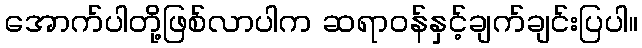
အောက်ပါတို့ဖြစ်လာပါက ဆရာဝန်နှင့်ချက်ချင်းပြပါ။